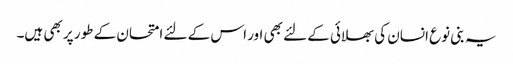
یہ بنی نوع انسان کی بھلائی کے لئے بھی اور اس کے لئے امتحان کے طور پر بھی ہیں۔